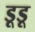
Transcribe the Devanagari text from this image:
डूडू